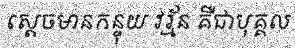
ស្តេចមានកន្ទុយ វរ្ម័ន គឺជាបុគ្គល